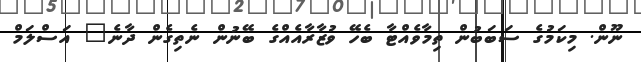
ނޫން. މިކަމުގެ ސަބަބުން ތިމާވެއްޓާ ބެހޭ ވުޒާރާއެއްގެ ބޭނުން ނެތިގެން ދާނެ" އަސްލަމް